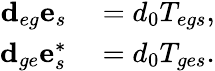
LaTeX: \begin{array}{rl}{\textbf{d}_{eg}{\textbf{e}}_{s}}&{{}=d_{0}T_{egs},}\\ {\textbf{d}_{ge}{\textbf{e}}_{s}^{*}}&{{}=d_{0}T_{ges}.}\end{array}